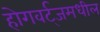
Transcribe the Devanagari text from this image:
होगवर्ट्‌जमधील